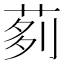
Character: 𦰵